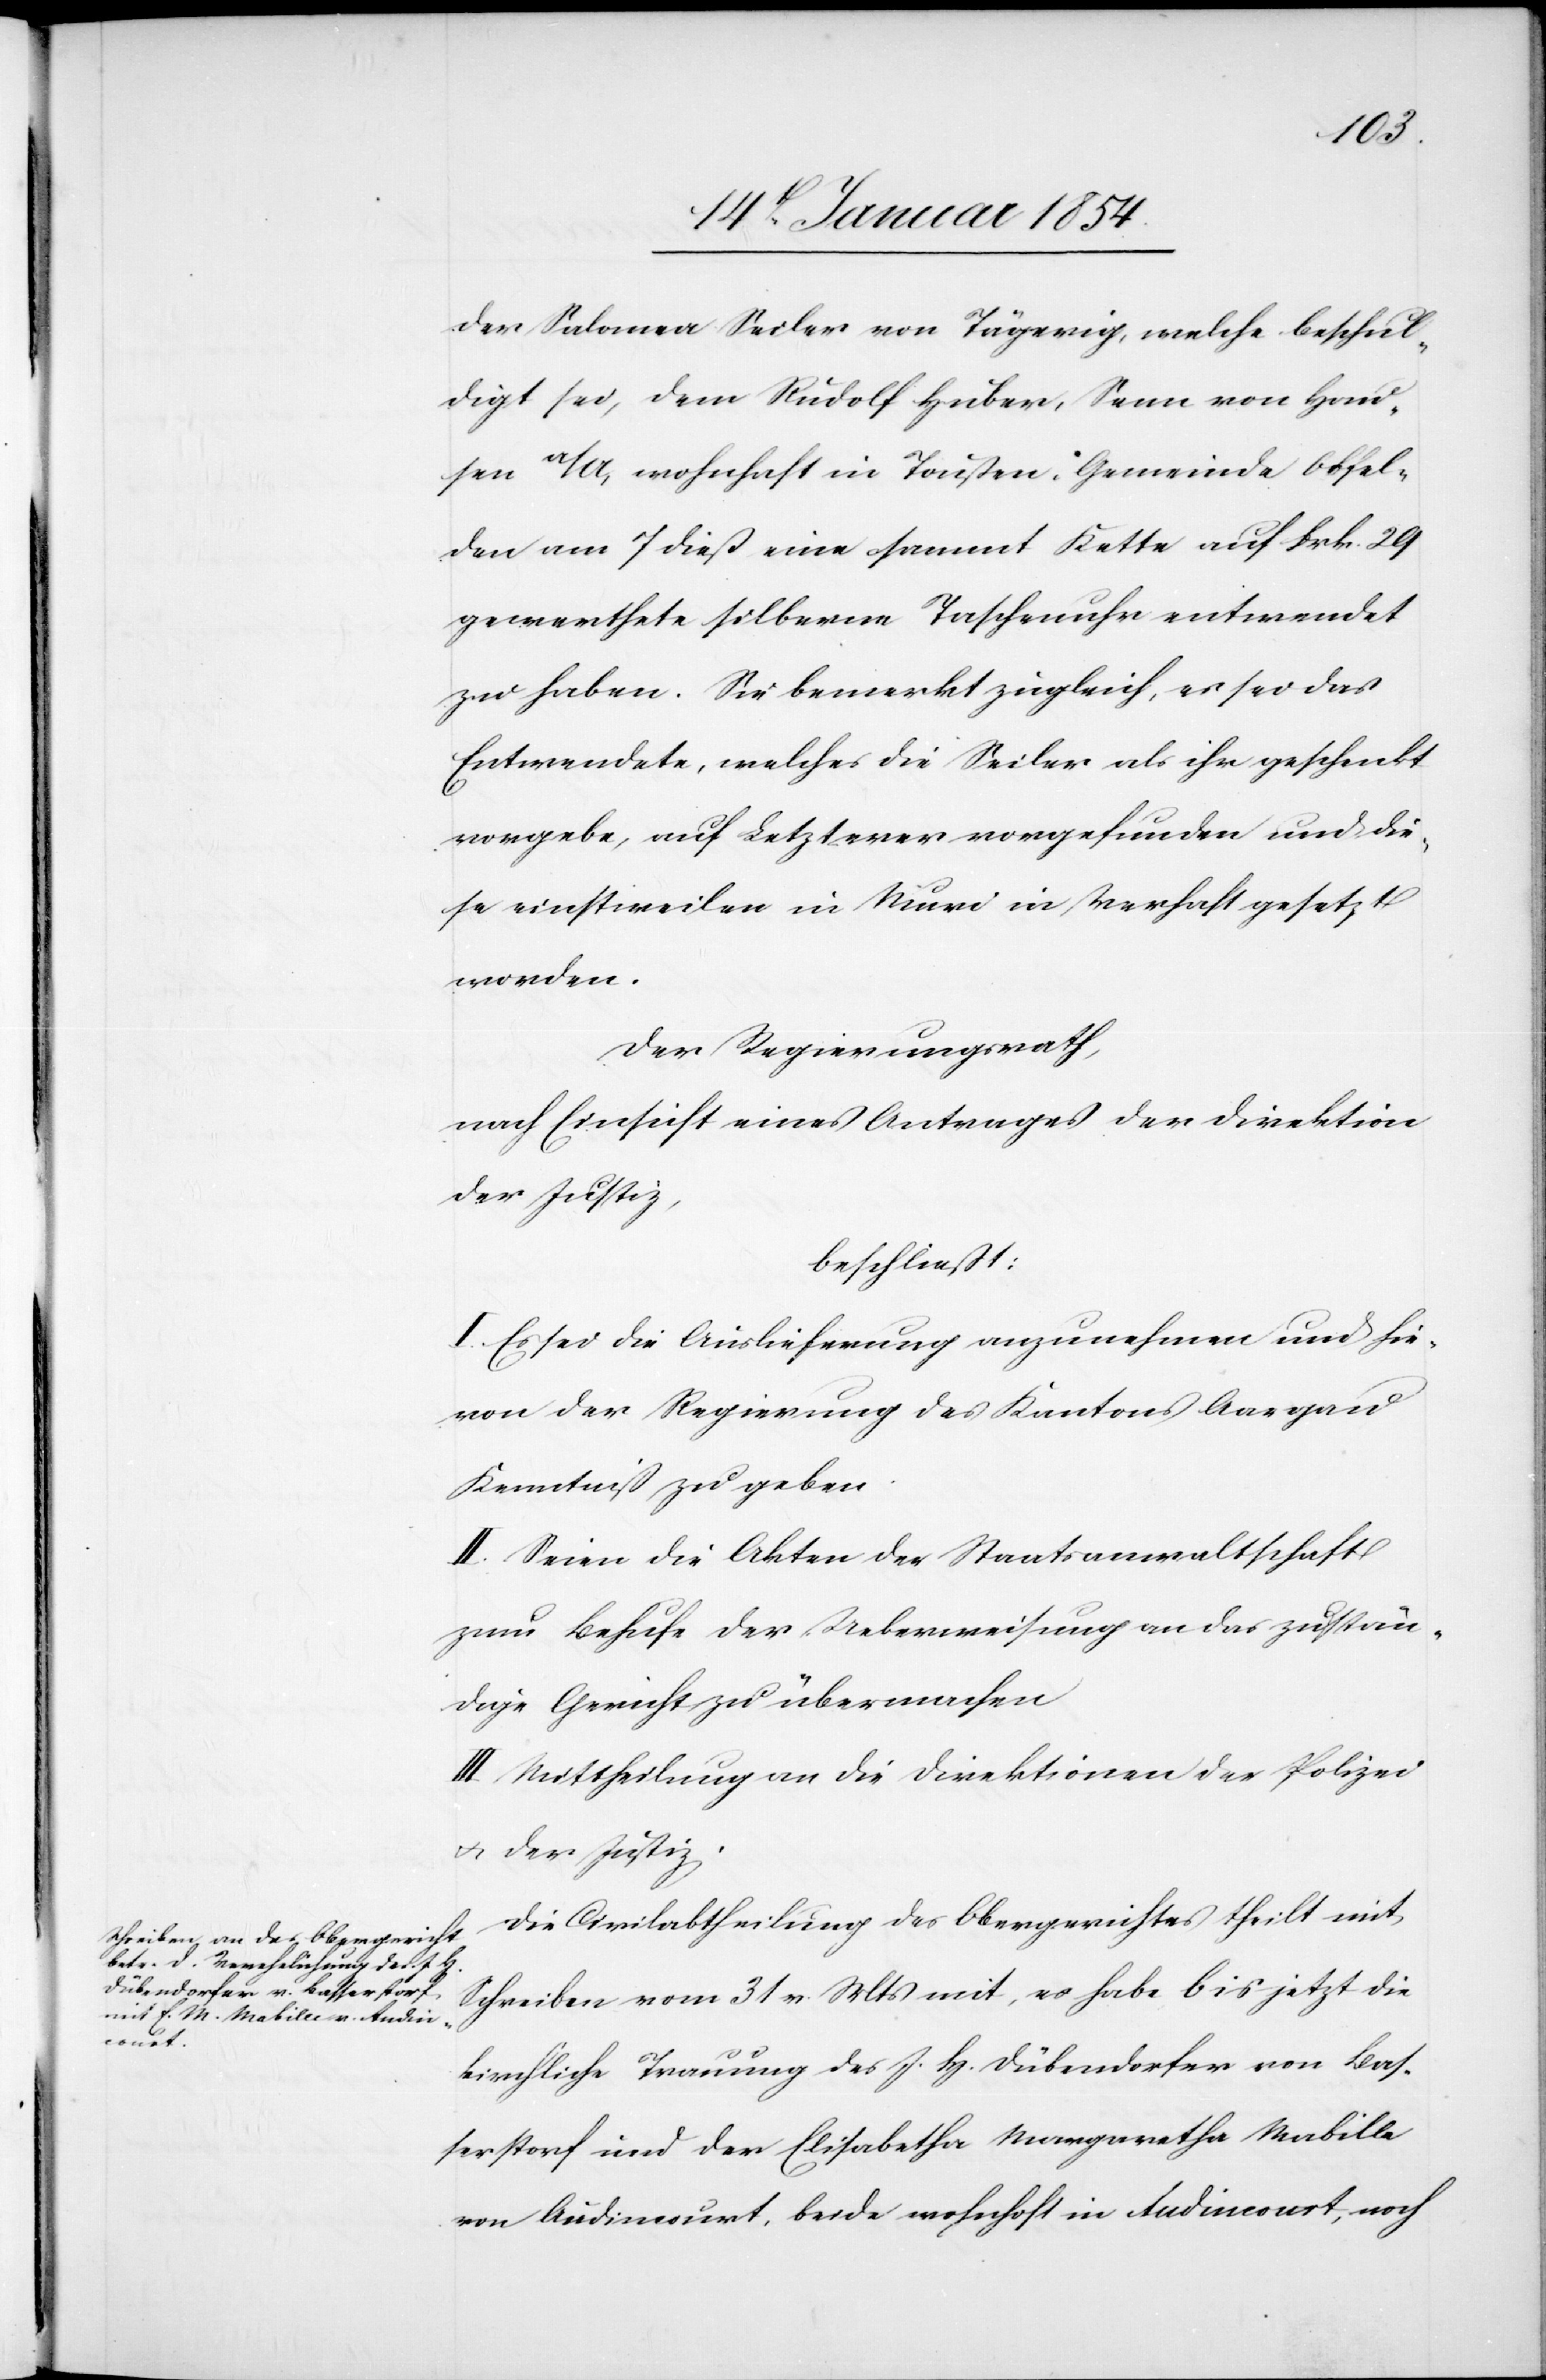
der Salomea Seiler von Tägerig, welche beschul¬
digt sei, dem Rudolf Huber, Senn von Hau¬
sen a/A, wohnhaft in Toussen, Gemeinde Obfel¬
den am 7 dieß eine sammt Kette auf Frk. 29
gewerthete silberne Taschenuhr entwendet
zu haben. Sie bemerkt zugleich, es sei das
Entwendete, welches die Seiler als ihr geschenkt
vorgebe, auf Letzterer vorgefunden und die¬
se einstweilen in Muri in Verhaft gesetzt
worden.
Der Regierungrath,
nach Einsicht eines Antrages der Direktion
der Justiz,
beschließt:
I. Es sei die Auslieferung anzunehmen und hie¬
von der Regierung des Kantons Aargau
Kenntniß zu geben.
II. Seien die Akten der Staatsanwaltschaft
zum Behufe der Ueberweisung an das zustän¬
dige Gericht zu übermachen
III. Mittheilung an die Direktionen der Polizei
u. der Justiz.
Die Civilabtheilung des Obergerichtes theilt mit
Schreiben vom 31 v. Mts mit, es habe bis jetzt die
kirchliche Trauung des J. H. Dübendorfer von Bas¬
serstorf und der Elisabetha Margaretha Mabille
von Audincourt, beide wohnhaft in Audincourt, noch